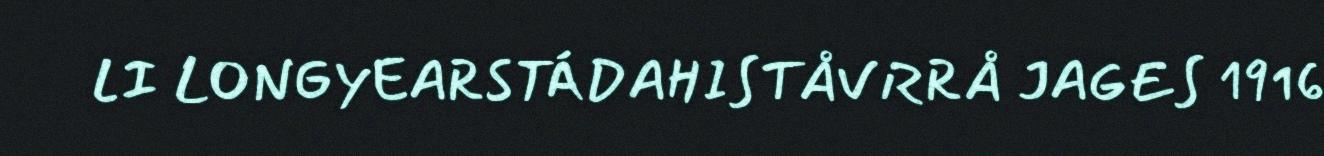
LI LONGYEARSTÁDAHISTÅVRRÅ JAGES 1916